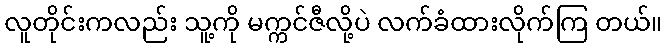
လူတိုင်းကလည်း သူ့ကို မက္ကင်ဇီလို့ပဲ လက်ခံထားလိုက်ကြ တယ်။